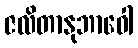
ဇလိတာနုဘာဝေါ